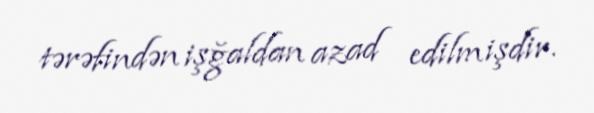
tərəfindən işğaldan azad edilmişdir.